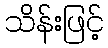
သိန်းဖြင့်